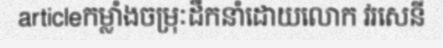
articleកម្លាំងចម្រុៈដឹកនាំដោយលោក វរសេនី